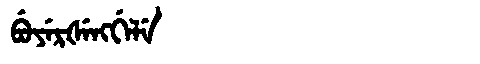
Manchu: ᠪᡠᠶᡝᡵᡧᡝᠩᡤᡝᠯᡝ
Romanization: BUYERŠENGGELE